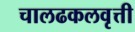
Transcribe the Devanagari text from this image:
चालढकलवृत्ती